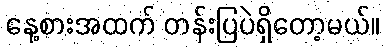
နေ့စားအထက် တန်းပြပဲရှိတော့မယ်။